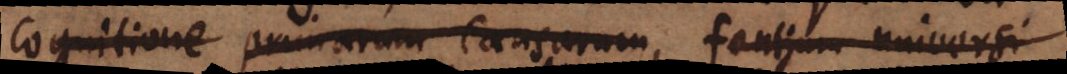
cognitione primarum causarum, fontium universi,